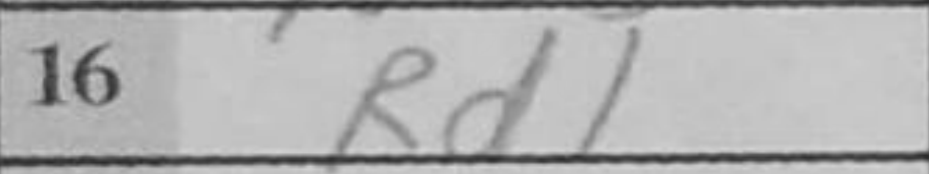
Transcription: Rd1